Report of the Indian Hemp Drugs Commission, 1894-1895 - Volume V
Year: 1894
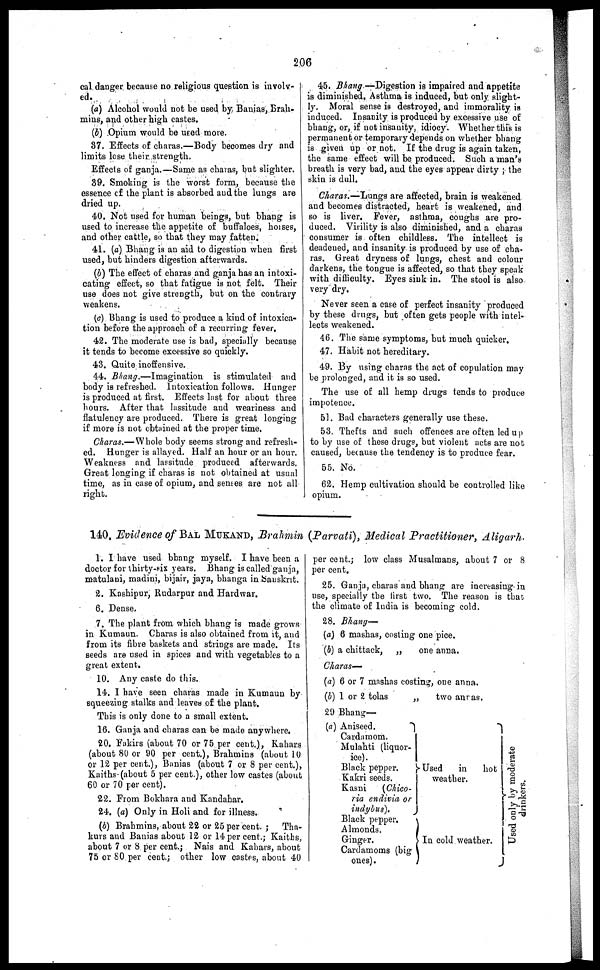
206
cal danger because no religious question is involv-
ed.
(a) Alcohol would not be used by Banias, Brah-
mins, and other high castes.
(b) Opium would be used move.
37. Effects of charas.—Body becomes dry and
limits lose their strength.
Effects of ganja.—Same as charas, but slighter.
39. Smoking is the worst form, because the
essence of the plant is absorbed and the lungs are
dried up.
40. Not used for human beings, but bhang is
used to increase the appetite of buffaloes, horses,
and other cattle, so that they may fatten.
41. (a) Bhang is an aid to digestion when first
used, but hinders digestion afterwards.
(b) The effect of charas and ganja has an intoxi-
cating effect, so that fatigue is not felt. Their
use does not give strength, but on the contrary
weakens.
(c) Bhang is used to produce a kind of intoxica-
tion before the approach of a recurring fever.
42. The moderate use is bad, specially because
it tends to become excessive so quickly.
43. Quite inoffensive.
44. Bhang.—Imagination
is stimulated and
body is refreshed. Intoxication follows. Hunger
is produced at first. Effects last for about three
hours. After that lassitude and weariness and
flatulency are produced. There is great longing
if more is not obtained at the proper time,
Charas.—Whole body seems strong and refresh-
ed. Hunger is allayed. Half an hour or an hour.
Weakness and lassitude produced afterwards.
Great longing if charas is not obtained at usual
time, as in case of opium, and senses are not all
right.
45. Bhang—Digestion is impaired and appetite
is diminished. Asthma is induced, but only slight-
ly. Moral sense is destroyed, and immorality is
induced. Insanity is produced by excessive use of
bhang, or, if not insanity, idiocy. Whether this is
permanent or temporary depends on whether bhang
is given up or not, If the drug is again taken,
the same effect will be produced. Such a man's
breath is very bad, and the eyes appear dirty ; the
skin is dull.
Charas.—Lungs are affected, brain is weakened
and becomes distracted, heart is weakened, and
so is liver. Fever, asthma, coughs are pro-
duced. Virility is also diminished, and a charas
consumer is often childless. The intellect is
deadened, and insanity is produced by use of cha-
ras. Great dryness of lungs, chest and colour
darkens, the tongue is affected, so that they speak
with difficulty. Eyes sink in. The stool is also
very dry.
Never seen a case of perfect insanity produced
by these drugs, but often gets people with intel-
lects weakened.
46. The same symptoms, but much quicker.
47. Habit not hereditary.
49. By using charas the act of copulation may
be prolonged, and it is so used.
The use of all hemp drugs tends to produce
impotence.
51. Bad characters generally use these.
53. Thefts and such offences are often led up
to by use of these drugs, but violent acts are not
caused, because the tendency is to produce fear.
55. No.
62. Hemp cultivation should be controlled like
opium.
140, Evidence of BAL MUKAND, Brahmin (Parvati), Medical Practitioner, Aligarh.
1. I have used bhang myself. I have been a
doctor for thirty-six years. Bhang is called ganja,
matulani, madini, bijair, jaya, bhanga in Sanskrit.
2. Kashipur, Rudarpur and Hardwar.
6. Dense.
7. The plant from which bhang is made grows
in Kumaun. Charas is also obtained from it, and
from its fibre baskets and strings are made. Its
seeds are used in spices and with vegetables to a
great extent,
10. Any caste do this.
14. I have seen charas made in Kumaun by
squeezing stalks and leaves of the plant.
This is only done to a small extent.
16. Ganja and charas can be made anywhere.
20. Fakirs (about 70 or 75 per cent.), Kahars
(about 80 or 90 per cent.), Brahmins (about 10
or 12 per cent.), Banias (about 7 or 8 per cent.),
Kaiths (about 5 per cent.), other low castes (about
60 or 70 per cent).
22. From Bokhara and Kandahar.
24. (a) Only in Holi and for illness.
(b) Brahmins, about 22 or 25 per cent. ; Tha-
kurs and Banias about 12 or 14 per cent.; Kaiths,
about 7 or 8 per cent.; Nais and Kahars, about
75 or 80 per cent.; other low castes, about 40
per cent.; low class Musalmans, about 7 or 8
per cent.
25. Ganja, charas and bhang are increasing in
use, specially the first two. The reason is that
the climate of India is becoming cold.
28. Bhang—
(a) 6 mashas, costing one pice.
(b) a chittack, „
one anna.
Charas—
(a) 6 or 7 mashas costing, one anna.
(b) 1 or 2 tolas
„
two anras.
20 Bhang—
(a) Aniseed.
Cardamom.
Mulahti (liquor-
ice).
Black pepper.
Kakri seeds.
Kasni
(Chico-
ria endivia or
indybus).
Black pepper.
Almonds.
Ginger.
Cardamoms (big
ones).
Used
in
hot
weather.
In cold weather.
Us ed only by moderate
drinkers.